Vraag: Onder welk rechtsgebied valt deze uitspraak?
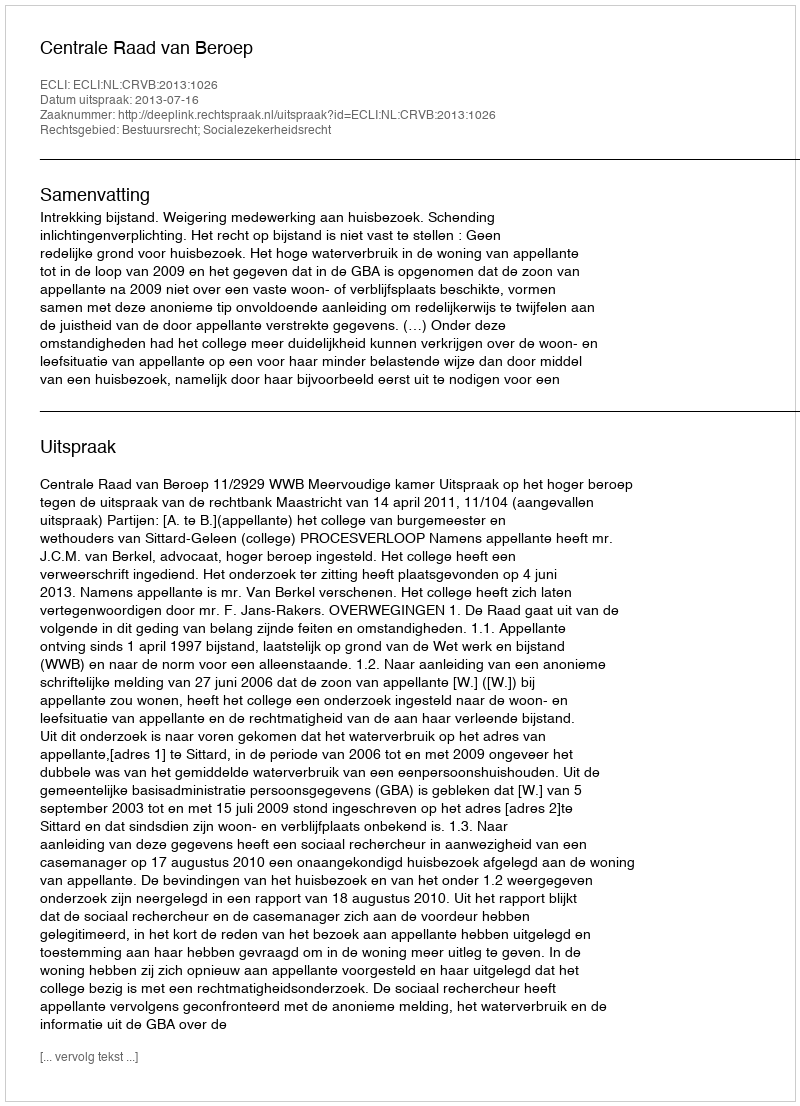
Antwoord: Bestuursrecht; Socialezekerheidsrecht